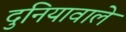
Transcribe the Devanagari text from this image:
दुनियावाले